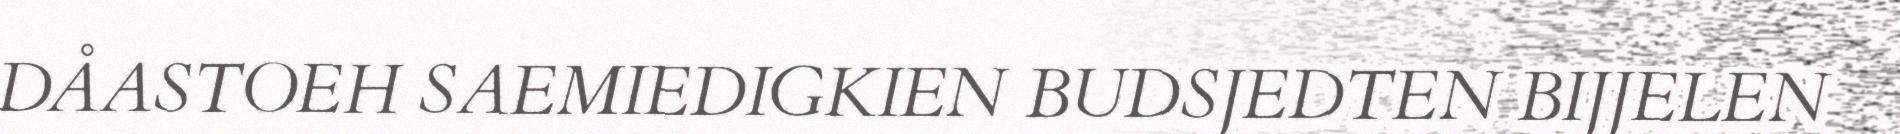
DÅASTOEH SAEMIEDIGKIEN BUDSJEDTEN BIJJELEN